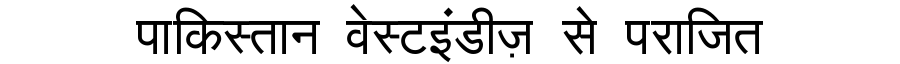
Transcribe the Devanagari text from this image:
पाकिस्तान वेस्टइंडीज़ से पराजित